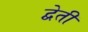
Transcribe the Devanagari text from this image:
द्वेती